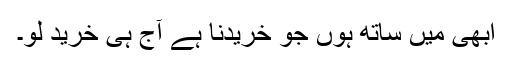
ابھی میں ساتھ ہوں جو خریدنا ہے آج ہی خرید لو۔